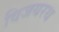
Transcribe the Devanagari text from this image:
विजयरथ